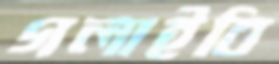
গলাইবি